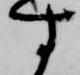
す